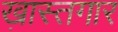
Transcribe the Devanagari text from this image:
ख़ास्तगार